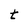
Character: t